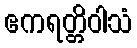
ဧကရတ္တိဝါသံ